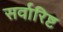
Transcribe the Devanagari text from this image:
सर्वारिष्ट